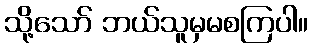
သို့သော် ဘယ်သူမှမစကြပါ။